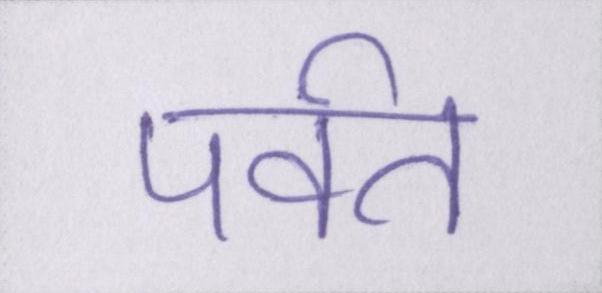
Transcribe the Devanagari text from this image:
पर्वत